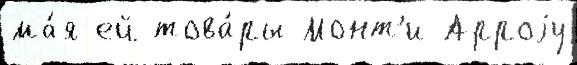
ма́я ей това́ры Монт'и-Арроjу